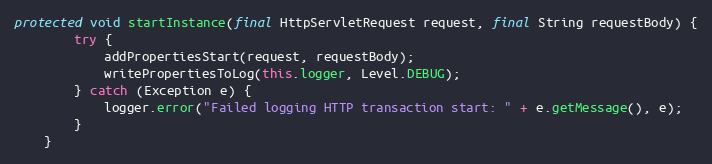
Language: Java
protected void startInstance(final HttpServletRequest request, final String requestBody) {
        try {
            addPropertiesStart(request, requestBody);
            writePropertiesToLog(this.logger, Level.DEBUG);
        } catch (Exception e) {
            logger.error("Failed logging HTTP transaction start: " + e.getMessage(), e);
        }
    }